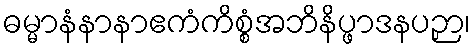
ဓမ္မာနံနာနာဧကံကိစ္စံအဘိနိပ္ဖာဒနပဉှာ၊